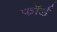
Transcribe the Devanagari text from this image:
फॉर्ड